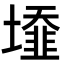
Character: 𡒁